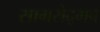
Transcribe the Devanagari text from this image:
सागरोद्भव